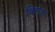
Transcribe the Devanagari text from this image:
बिरोटर